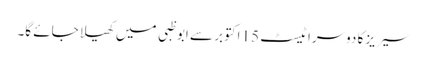
سیریز کا دوسرا ٹیسٹ 15 اکتوبر سے ابوظبی میں کھیلا جائے گا۔